Etiology and epidemiology of plague
Disease focus: Plague
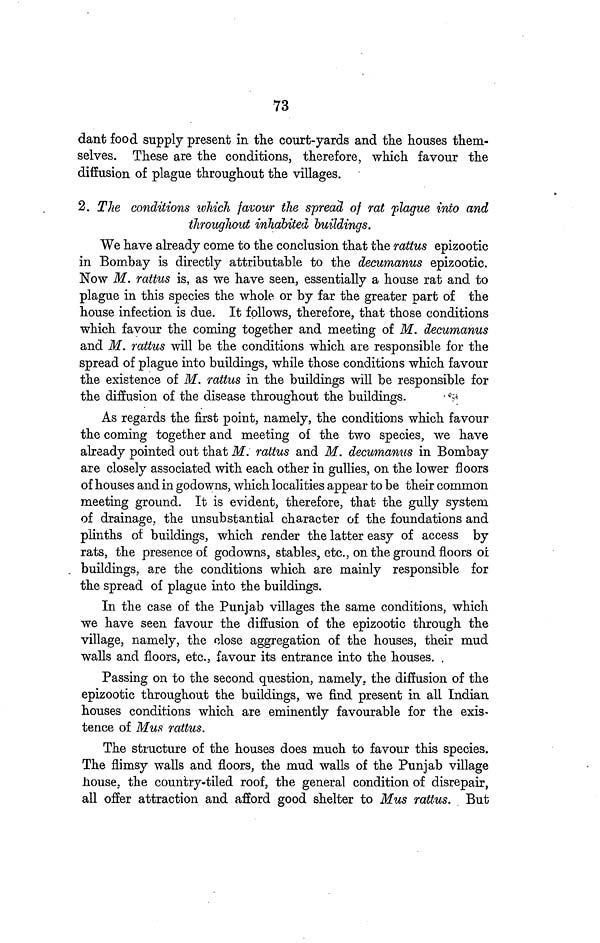
73
dant food supply present in the court-yards and the houses them-
selves. These are the conditions, therefore, which favour the
diffusion of plague throughout the villages.
2. The conditions which favour the spread of rat plague into and
throughout inhabited buildings.
We have already come to the conclusion that the rattus epizootic
in Bombay is directly attributable to the decumanus epizootic.
Now M. rattus is, as we have seen, essentially a house rat and to
plague in this species the whole or by far the greater part of the
house infection is due. It follows, therefore, that those conditions
which favour the coming together and meeting of M. decumanus
and M. rattus will be the conditions which are responsible for the
spread of plague into buildings, while those conditions which favour
the existence of M. rattus in the buildings will be responsible for
the diffusion of the disease throughout the buildings.
As regards the first point, namely, the conditions which favour
the coming together and meeting of the two species, we have
already pointed out that M. rattus and M. decumanus in Bombay
are closely associated with each other in gullies, on the lower floors
of houses and in godowns, which localities appear to be their common
meeting ground. It is evident, therefore, that the gully system
of drainage, the unsubstantial character of the foundations and
plinths of buildings, which render the latter easy of access by
rats, the presence of godowns, stables, etc., on the ground floors of
buildings, are the conditions which are mainly responsible for
the spread of plague into the buildings.
In the case of the Punjab villages the same conditions, which
we have seen favour the diffusion of the epizootic through the
village, namely, the close aggregation of the houses, their mud
walls and floors, etc., favour its entrance into the houses. .
Passing on to the second question, namely, the diffusion of the
epizootic throughout the buildings, we find present in all Indian
houses conditions which are eminently favourable for the exis-
tence of Mus rattus.
The structure of the houses does much to favour this species.
The flimsy walls and floors, the mud walls of the Punjab village
house, the country-tiled roof, the general condition of disrepair,
all offer attraction and afford good shelter to Mus rattus. But